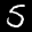
Label: 5